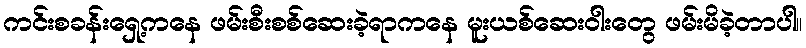
ကင်းစခန်းရှေ့ကနေ ဖမ်းစီးစစ်ဆေးခဲ့ရာကနေ မူးယစ်ဆေးဝါးတွေ ဖမ်းမိခဲ့တာပါ။